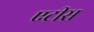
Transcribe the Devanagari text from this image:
एटीस